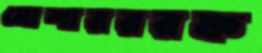
মোশারররফ